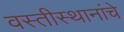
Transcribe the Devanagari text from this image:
वस्तीस्थानांचे